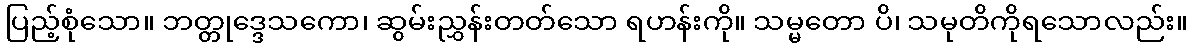
ပြည့်စုံသော။ ဘတ္တုဒ္ဒေသကော၊ ဆွမ်းညွှန်းတတ်သော ရဟန်းကို။ သမ္မတော ပိ၊ သမုတိကိုရသောလည်း။